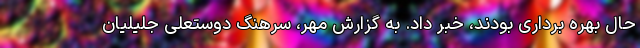
حال بهره برداری بودند، خبر داد. به گزارش مهر، سرهنگ دوستعلی جلیلیان